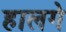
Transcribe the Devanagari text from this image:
हालगे